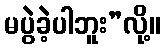
မပွဲခဲ့ပါဘူး”လို့။